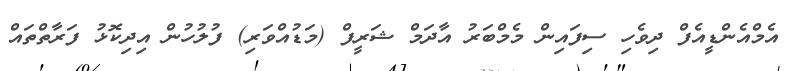
އެމްއެންޑީއެފް ދިވެހި ސިފައިން މެމްބަރު އާދަމް ޝަރީފް (މަޑުއްވަރި) ފުލުހުން އިދިކޮޅު ފަރާތްތައް